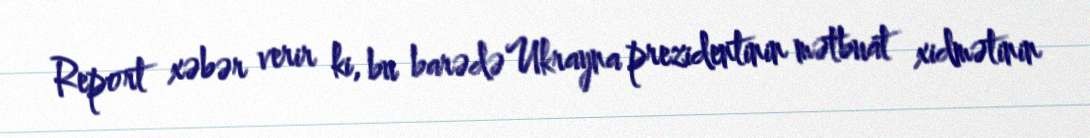
Report xəbər verir ki, bu barədə Ukrayna prezidentinin mətbuat xidmətinin